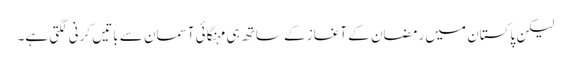
لیکن پاکستان میں رمضان کے آغاز کے ساتھ ہی مہنگائی آسمان سے باتیں کرنی لگتی ہے۔